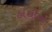
હાથીનો